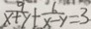
\frac { 9 } { x + y } + \frac { 6 } { x - y } = 3